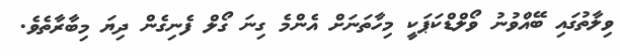
ވިލާތުގައި ބޭއްވުނު ވޯލްޑްކަޕަކީ މިހާތަނަށް އެންމެ ގިނަ ގޯލް ފެނިގެން ދިޔަ މިބާރާތެވެ.